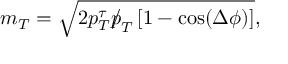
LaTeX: m _ { T } = \sqrt { 2 p _ { T } ^ { \tau } { p \! \! \! / } _ { T } \left[ 1 - \cos ( \Delta \phi ) \right] } ,